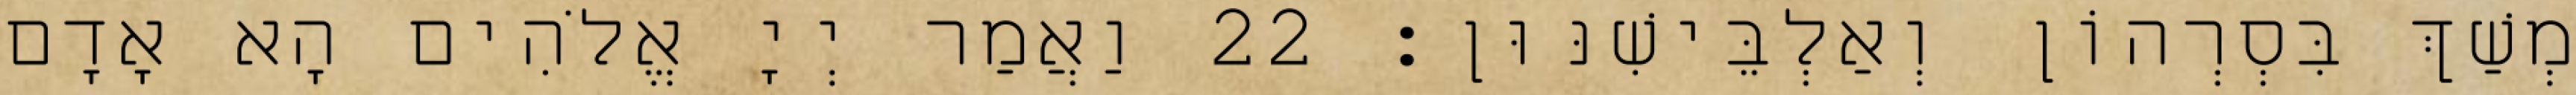
מְשַׁךְ בִּסְרְהוֹן וְאַלְבֵּישִׁנּוּן׃ 22 וַאֲמַר יְיָ אֱלֹהִים הָא אָדָם